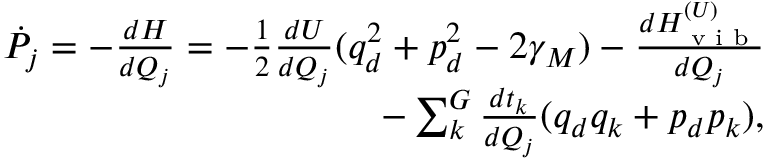
\begin{array} { r } { \dot { P } _ { j } = - \frac { d H } { d Q _ { j } } = - \frac { 1 } { 2 } \frac { d U } { d Q _ { j } } ( q _ { d } ^ { 2 } + p _ { d } ^ { 2 } - 2 \gamma _ { M } ) - \frac { d H _ { \textrm { v i b } } ^ { ( U ) } } { d Q _ { j } } } \\ { - \sum _ { k } ^ { G } \frac { d t _ { k } } { d Q _ { j } } ( q _ { d } q _ { k } + p _ { d } p _ { k } ) , } \end{array}